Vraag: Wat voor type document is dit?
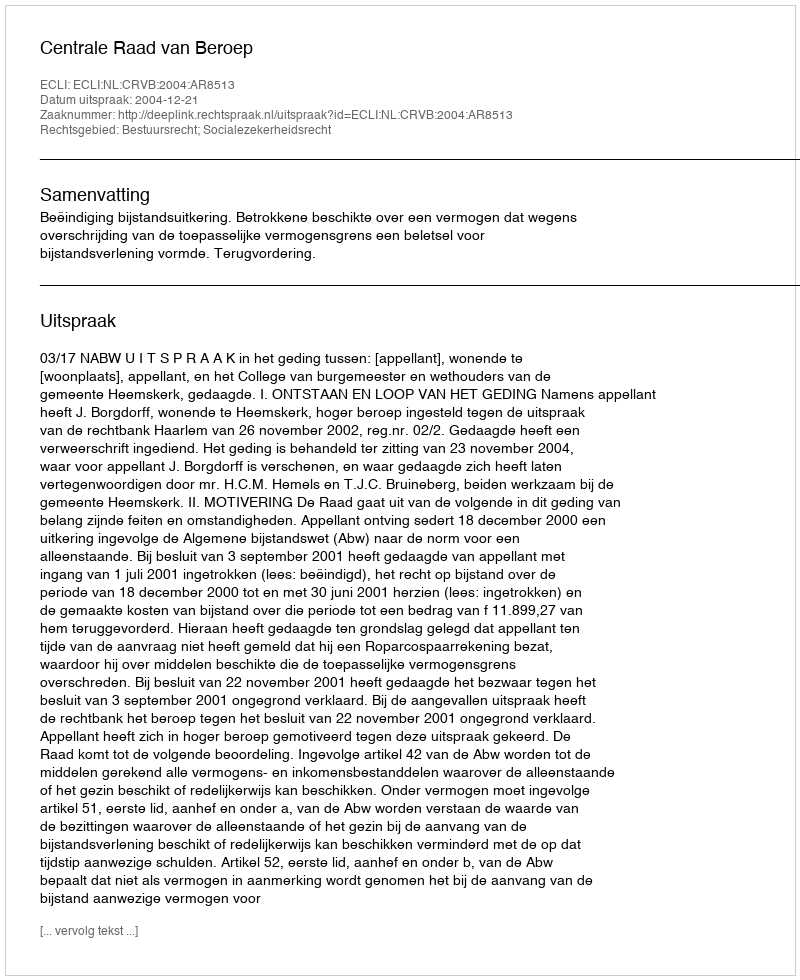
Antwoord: Uitspraak